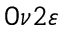
0 \nu 2 \varepsilon